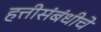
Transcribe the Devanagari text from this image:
हत्तीसंबंधीचे